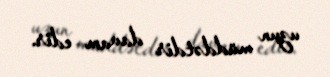
uzun müddətdir davam edir.